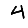
Digit: 4